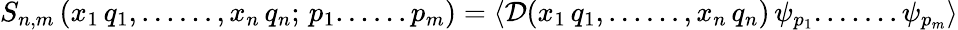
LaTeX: \left.S_{n,m}\, (x_{1}\, q_{1},......,x_{n}\, q_{n};\, p_{1}......p_{m})=\langle{\cal D}(x_{1}\, q_{1},......,x_{n}\, q_{n})\, \psi_{p_{1}}.......\psi_{p_{m}}\rangle\right.